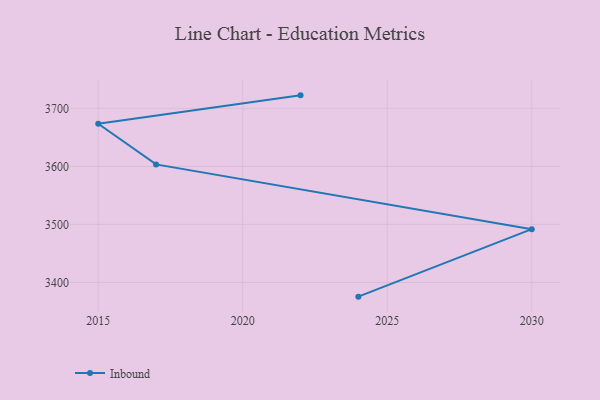
{"axis": {"x": "Year", "y": "Energy Usage (MWh)"}, "legend": ["Inbound"], "data": [{"x": "2024", "y": 3375.5, "type": "Inbound"}, {"x": "2030", "y": 3491.8, "type": "Inbound"}, {"x": "2017", "y": 3603.4, "type": "Inbound"}, {"x": "2015", "y": 3673.4, "type": "Inbound"}, {"x": "2022", "y": 3722.4, "type": "Inbound"}]}